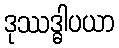
ဒုဿဒ္ဓါပယာ